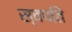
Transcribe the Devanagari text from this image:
स्वपतिं